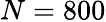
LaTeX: N=800